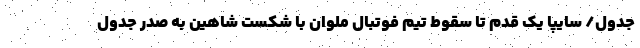
جدول/ سایپا یک قدم تا سقوط تیم فوتبال ملوان با شکست شاهین به صدر جدول